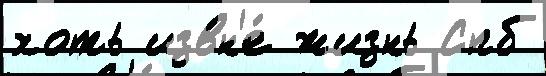
хоть извн'е́ жизнь Спб